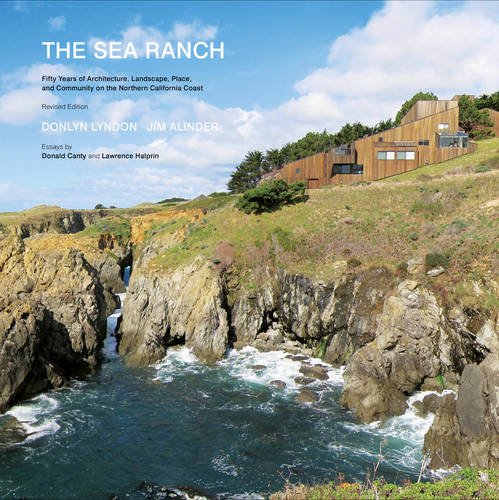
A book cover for The Sea Ranch: Fifty Years of Architecture, Landscape, Place, and Community on the Northern California Coast; Donlyn Lyndon; Arts & Photography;